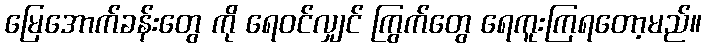
မြေအောက်ခန်းတွေ ကို ရေဝင်လျှင် ကြွက်တွေ ရေကူးကြရတော့မည်။